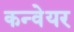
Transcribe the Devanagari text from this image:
कन्‍वेयर